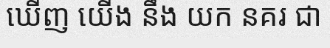
ឃើញ យើង នឹង យក នគរ ជា